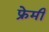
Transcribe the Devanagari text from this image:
फ्रेमी